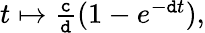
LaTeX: \begin{array}{r}{t\mapsto\frac{\mathtt{c}}{\mathtt{d}}(1-e^{-\mathtt{d}t}),}\end{array}